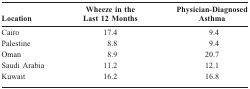
<table><thead><tr><td><b>Location</b></td><td><b>Wheeze in the Last 12 Months</b></td><td><b>Physician-Diagnosed Asthma</b></td></tr></thead><tbody><tr><td>Cairo</td><td>17.4</td><td>9.4</td></tr><tr><td>Palestine</td><td>8.8</td><td>9.4</td></tr><tr><td>Oman</td><td>8.9</td><td>20.7</td></tr><tr><td>Saudi Arabia</td><td>11.2</td><td>12.1</td></tr><tr><td>Kuwait</td><td>16.2</td><td>16.8</td></tr></tbody></table>